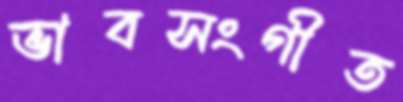
ভাবসংগীত